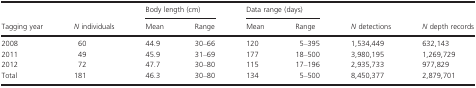
<table><thead><tr><td rowspan="2"><b>Tagging year</b></td><td rowspan="2"><b><i>N</i> individuals</b></td><td colspan="2"><b>Body length (cm)</b></td><td colspan="2"><b>Data range (days)</b></td><td rowspan="2"><b><i>N</i> detections</b></td><td rowspan="2"><b><i>N</i> depth records</b></td></tr><tr><td><b>Mean</b></td><td><b>Range</b></td><td><b>Mean</b></td><td><b>Range</b></td></tr></thead><tbody><tr><td>2008</td><td>60</td><td>44.9</td><td>30–66</td><td>120</td><td>5–395</td><td>1,534,449</td><td>632,143</td></tr><tr><td>2011</td><td>49</td><td>45.9</td><td>31–69</td><td>177</td><td>18–500</td><td>3,980,195</td><td>1,269,729</td></tr><tr><td>2012</td><td>72</td><td>47.7</td><td>30–80</td><td>115</td><td>17–196</td><td>2,935,733</td><td>977,829</td></tr><tr><td>Total</td><td>181</td><td>46.3</td><td>30–80</td><td>134</td><td>5–500</td><td>8,450,377</td><td>2,879,701</td></tr></tbody></table>